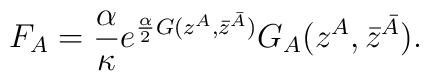
F_A = \frac{\alpha}{\kappa}e^{\frac{\alpha}{2} G(z^A, \bar z^{\bar A})}G_A(z^A, \bar z^{\bar A}).